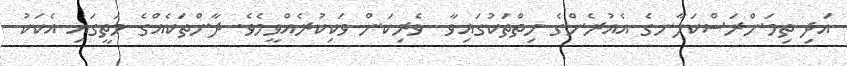
އަދި ތިމަންރަސްކަލާނގެ އެއުރެންގެ ހިތްތަކުގައިވާ  ވެރިކަން ވަކިކުރެއްވީމެވެ. ދާންތަކެއްގެ މަތީގައި އެކަކު